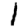
Digit: 1